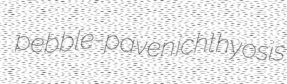
pebble-paven ichthyosis